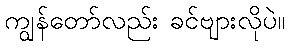
ကျွန်တော်လည်း ခင်ဗျားလိုပဲ။